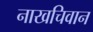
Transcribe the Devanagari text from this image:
नाखचिवान